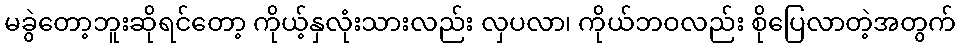
မခွဲတော့ဘူးဆိုရင်တော့ ကိုယ့်နှလုံးသားလည်း လှပလာ၊ ကိုယ်ဘဝလည်း စိုပြေလာတဲ့အတွက်